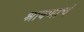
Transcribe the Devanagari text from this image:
श्रावणाचं